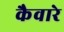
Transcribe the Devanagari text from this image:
कैवारे